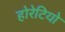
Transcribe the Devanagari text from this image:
होरेटियो